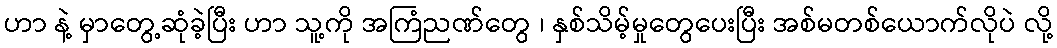
ဟာ နဲ့ မှာတွေ့ဆုံခဲ့ပြီး ဟာ သူ့ကို အကြံညဏ်တွေ ၊ နှစ်သိမ့်မှုတွေပေးပြီး အစ်မတစ်ယောက်လိုပဲ လို့